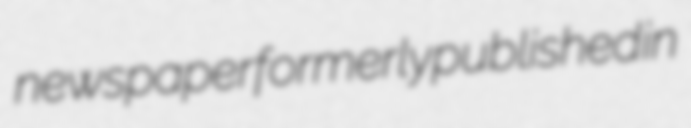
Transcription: newspaper formerly published in